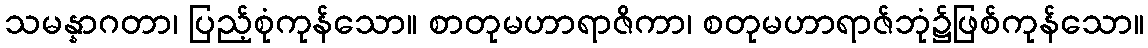
သမန္နာဂတာ၊ ပြည့်စုံကုန်သော။ စာတုမဟာရာဇိကာ၊ စတုမဟာရာဇ်ဘုံ၌ဖြစ်ကုန်သော။